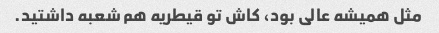
مثل همیشه عالی بود، کاش تو قیطریه هم شعبه داشتید.